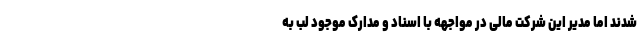
شدند اما مدیر این شرکت مالی در مواجهه با اسناد و مدارک موجود لب به